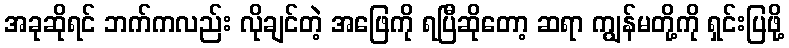
အခုဆိုရင် ဘက်ကလည်း လိုချင်တဲ့ အဖြေကို ရပြီဆိုတော့ ဆရာ ကျွန်မတို့ကို ရှင်းပြဖို့